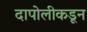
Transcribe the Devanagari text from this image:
दापोलीकडून